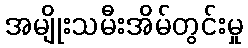
အမျိုးသမီးအိမ်တွင်းမှု